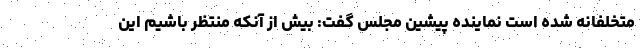
متخلفانه شده است نماینده پیشین مجلس گفت: بیش از آنکه منتظر باشیم این